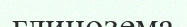
глинозема